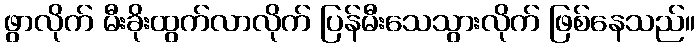
ဖွာလိုက် မီးခိုးထွက်လာလိုက် ပြန်မီးသေသွားလိုက် ဖြစ်နေသည်။